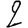
Digit: 2